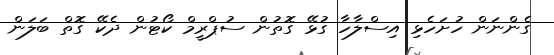
ގެންނަން ހުށަހެޅި އިސްލާހާ ގުޅޭ ގޮތުން ސުޕްރީމް ކޯޓުން ދެކޭ ގޮތް ބަލަން